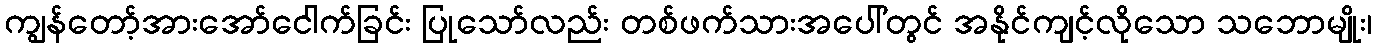
ကျွန်တော့်အားအော်ငေါက်ခြင်း ပြုသော်လည်း တစ်ဖက်သားအပေါ်တွင် အနိုင်ကျင့်လိုသော သဘောမျိုး၊